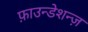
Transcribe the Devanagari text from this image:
फ़ाउन्डेशन्ज़